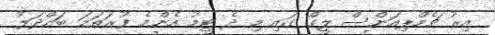
އިރު ޗެމްޕިއަންސް ލީގް ގައި މި ދެ ޓީމު އެންމެ ފުރަތަމަ ބައްދަލު